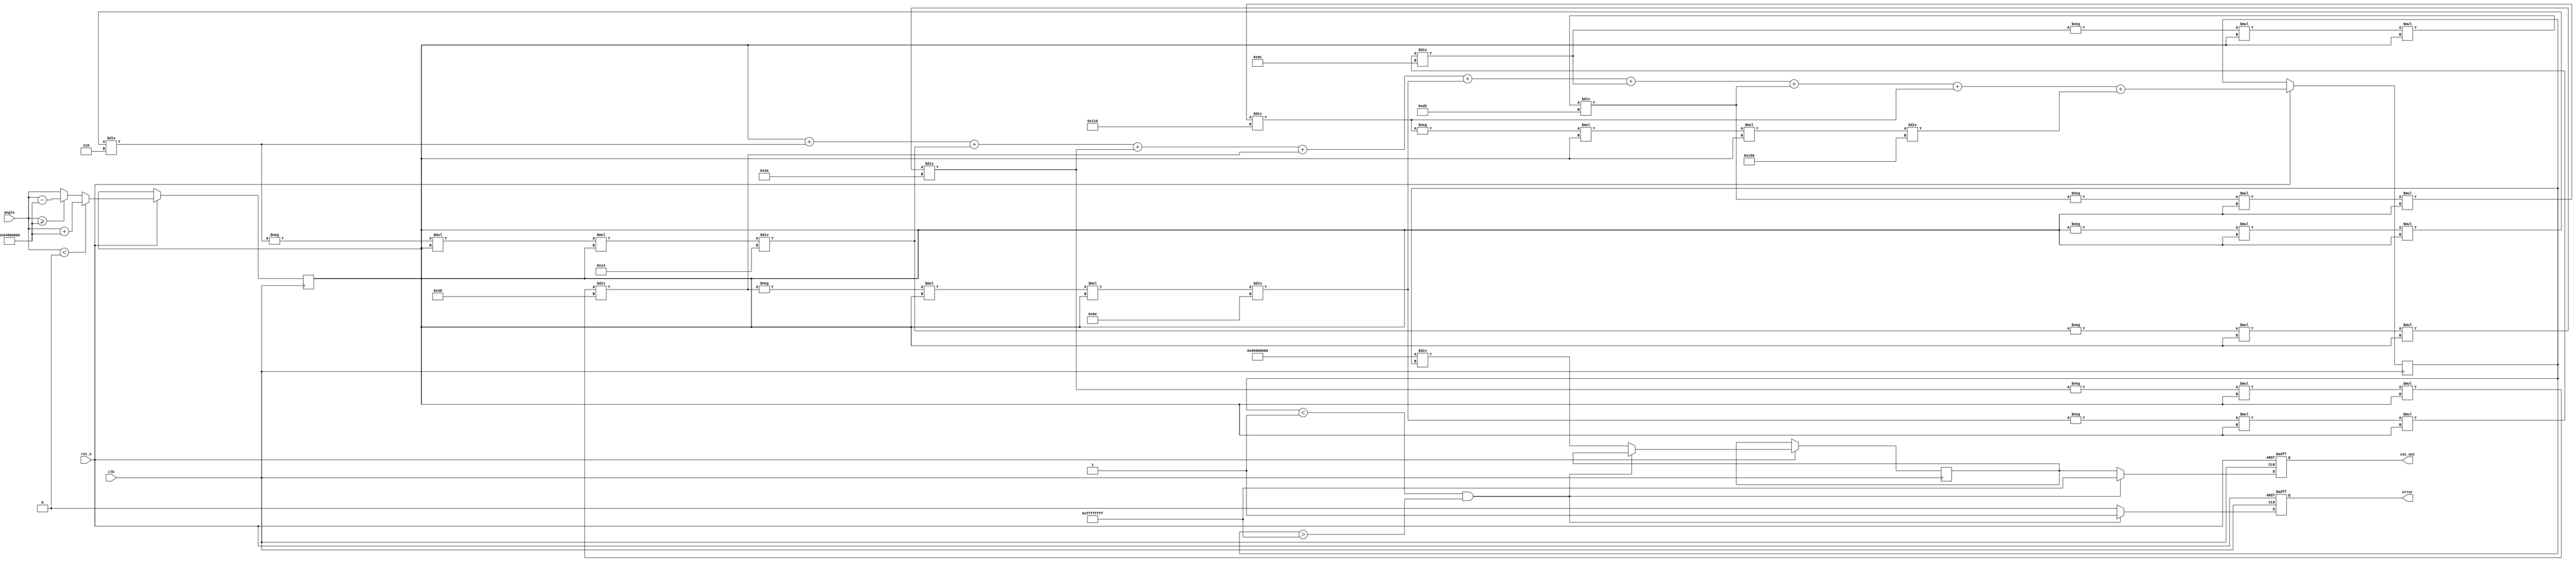
module Cosecant (
    input wire clk,
    input wire rst_n,
    input wire [31:0] angle, // Angle input in fixed-point format (32-bit)
    output reg [31:0] csc_out, // Cosecant output in fixed-point format (32-bit)
    output reg error // Error flag
);

    // Constants
    parameter PI = 32'h32400000; //  in fixed-point (approx. 3.14159)
    parameter TWO_PI = 32'h64800000; // 2 in fixed-point (approx. 6.28318)
    parameter EPSILON = 32'h00000001; // Small value for comparison

    // Internal signals
    reg [31:0] sine_value;
    reg [31:0] reciprocal;
    reg [31:0] normalized_angle;

    // Sine approximation using Taylor series
    function [31:0] sine_approx(input [31:0] x);
        reg [31:0] term;
        reg [31:0] sum;
        integer i;
        begin
            sum = x; // First term: x
            term = x; // Initialize term
            for (i = 1; i < 10; i = i + 1) begin // 10 terms for approximation
                term = -term * x * x / ((2 * i) * (2 * i + 1)); // Calculate next term
                sum = sum + term; // Add term to sum
            end
            sine_approx = sum; // Return sine approximation
        end
    endfunction

    // Normalize angle to [0, 2)
    function [31:0] normalize_angle(input [31:0] angle);
        begin
            if (angle < 0) begin
                normalize_angle = angle + TWO_PI; // Add 2 if negative
            end else if (angle >= TWO_PI) begin
                normalize_angle = angle - TWO_PI; // Subtract 2 if >= 2
            end else begin
                normalize_angle = angle; // Already in range
            end
        end
    endfunction

    // Main process
    always @(posedge clk or negedge rst_n) begin
        if (!rst_n) begin
            csc_out <= 32'hFFFFFFFF; // Default to NaN or error state
            error <= 1'b1; // Set error flag
        end else begin
            // Normalize the input angle
            normalized_angle <= normalize_angle(angle);

            // Calculate sine value
            sine_value <= sine_approx(normalized_angle);

            // Check for zero sine value
            if (sine_value < EPSILON && sine_value > -EPSILON) begin
                csc_out <= 32'hFFFFFFFF; // Set output to NaN or error state
                error <= 1'b1; // Set error flag
            end else begin
                // Calculate reciprocal (cosecant)
                reciprocal <= 32'h80000000 / sine_value; // Fixed-point reciprocal
                csc_out <= reciprocal; // Set cosecant output
                error <= 1'b0; // Clear error flag
            end
        end
    end

endmodule